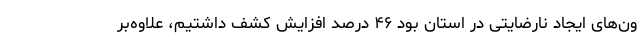
ون‌های ایجاد نارضایتی در استان بود ۴۶ درصد افزایش کشف داشتیم، علاوه‌بر